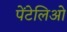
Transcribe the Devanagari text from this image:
पेंटेलिओ